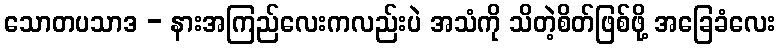
သောတပသာဒ - နားအကြည်လေးကလည်းပဲ အသံကို သိတဲ့စိတ်ဖြစ်ဖို့ အခြေခံလေး